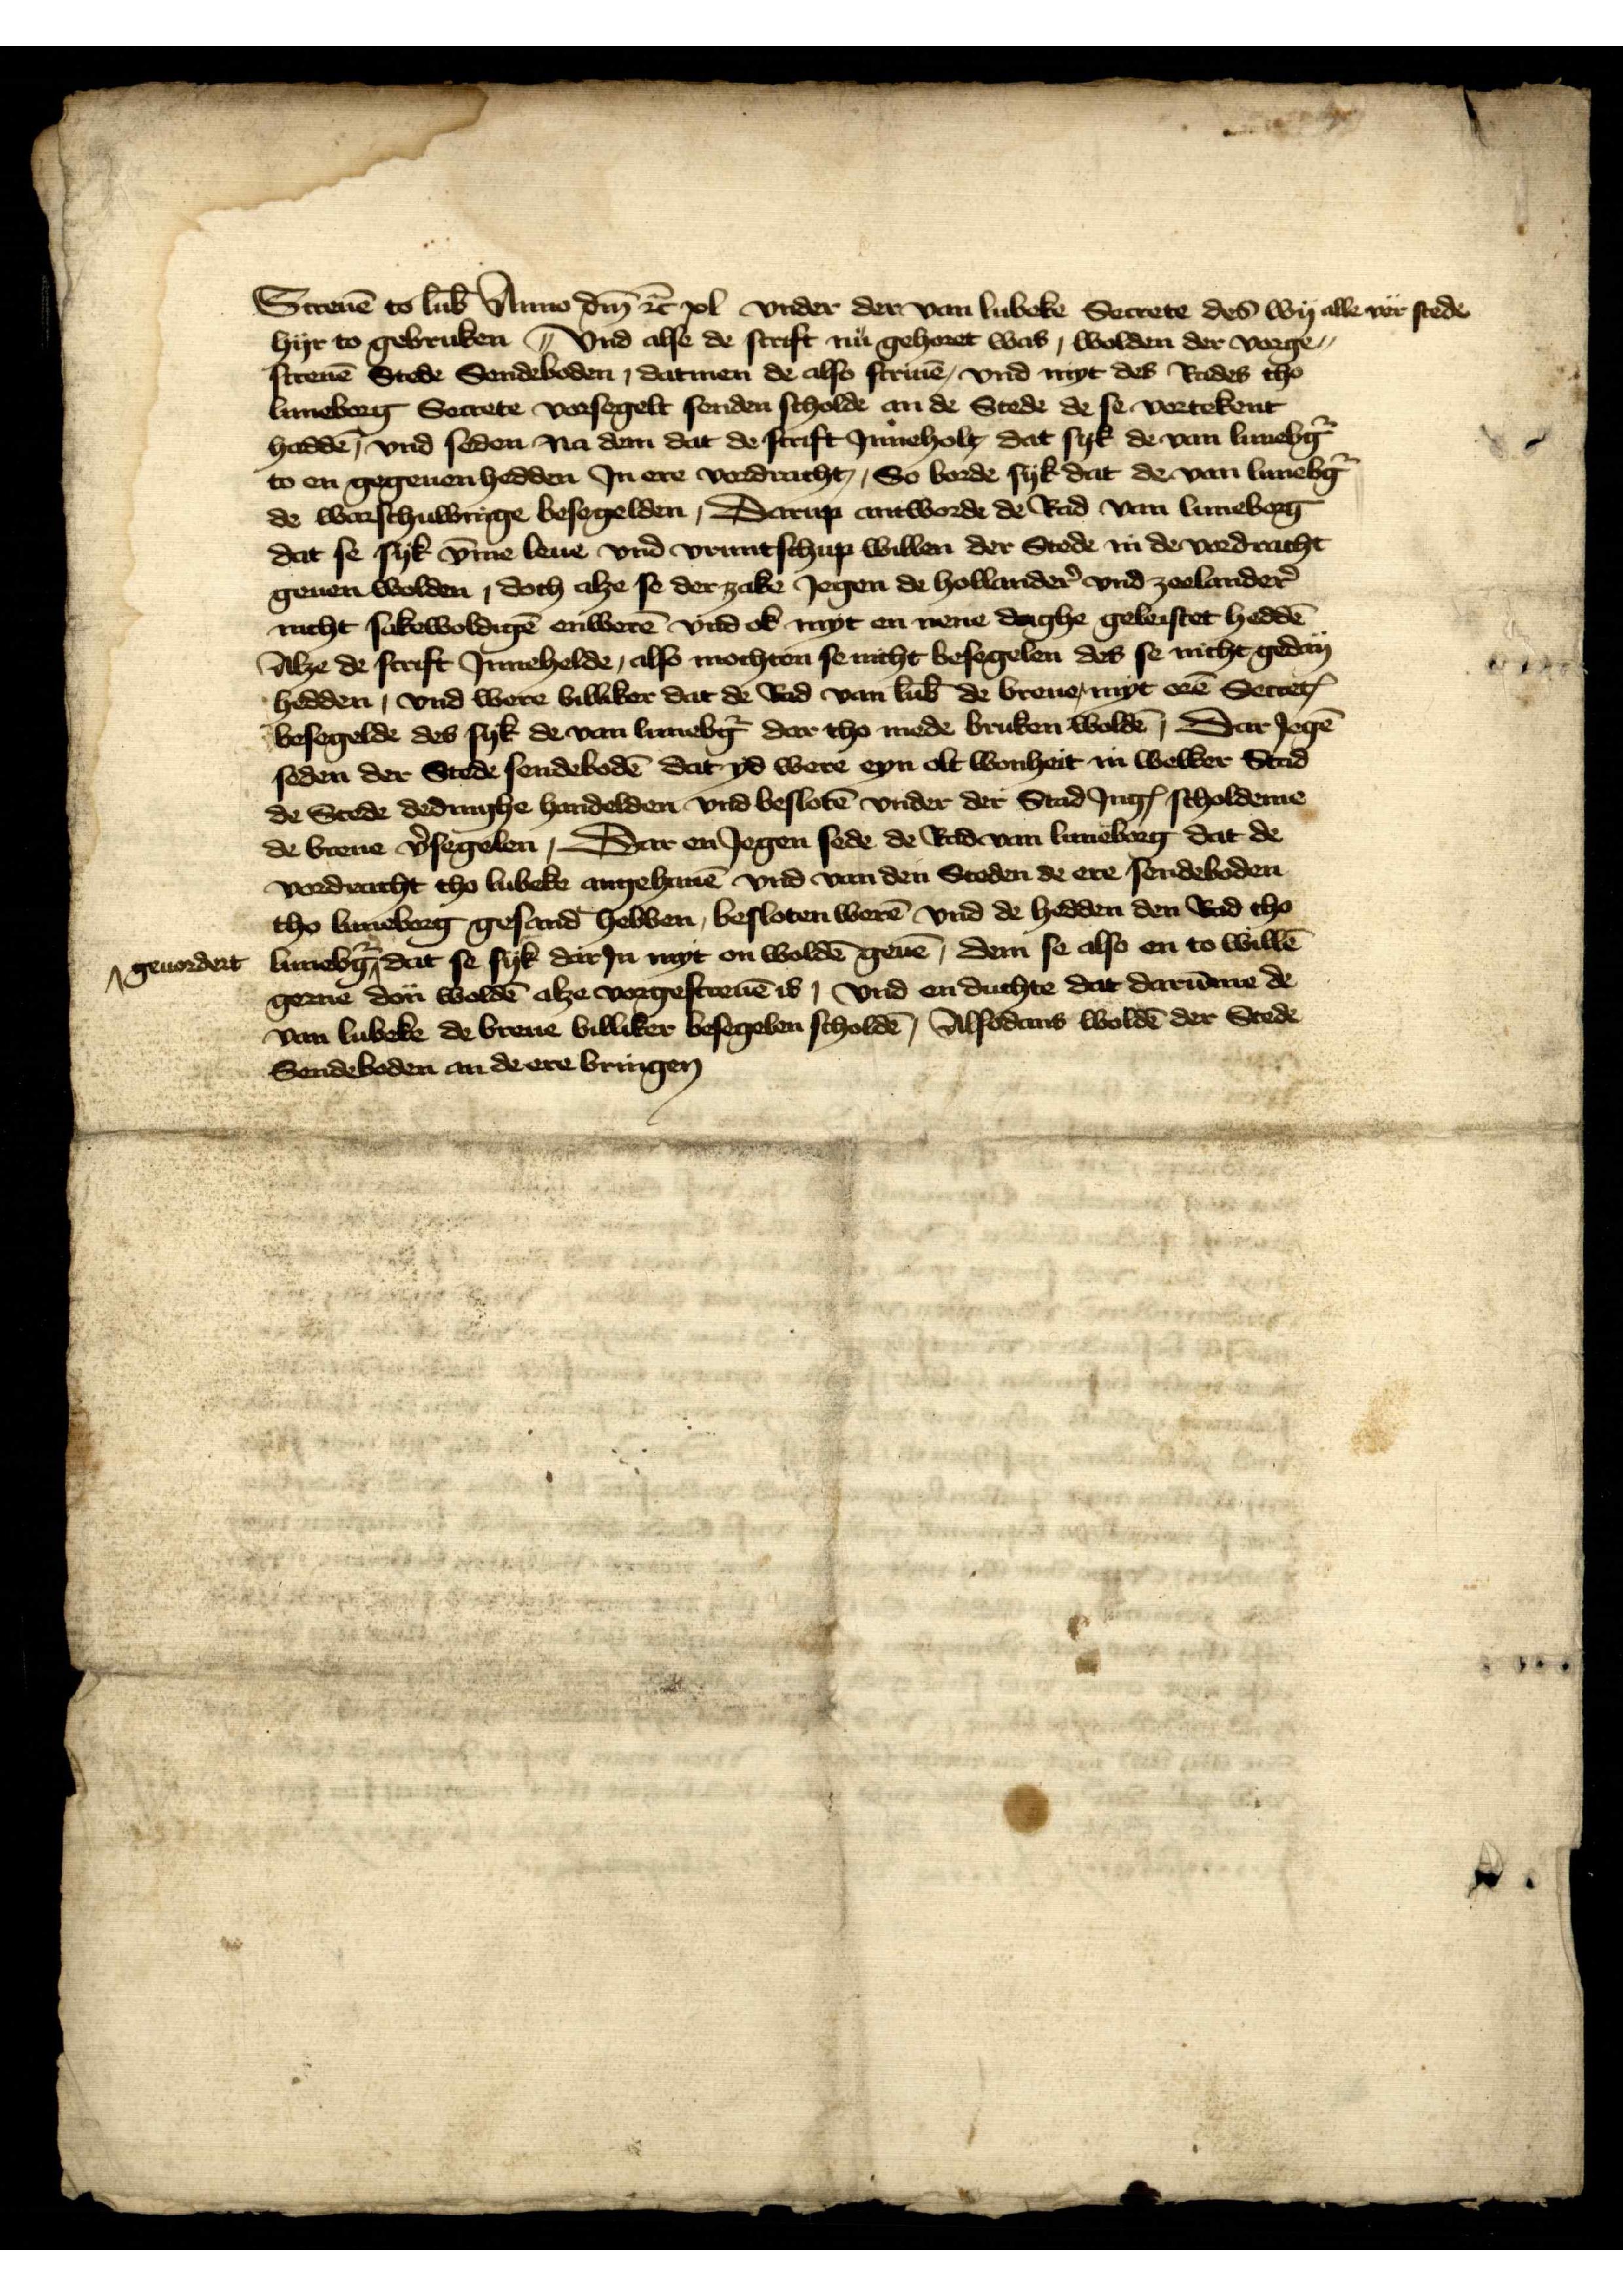
Screuē to lub̄ Anno dm̄ et̉ xl vnder der van Lubeke Secrete des wy alle vor stede
hyr to gebruken vnd alse de scrift nu gehoret was, wolden der vorge-
screuē Stede Sendeboden, datmen de also scriuē, vnd myt des Rades tho
Luneborg Secrete vorsegelt senden scholde an de Stede de se vortekent
haddē, vnd seden na dem dat de scrift Jnneholt, dat syk de van Lunebg̉
to en gegeuen hedden Jn ere vordracht, So borde syk dat de van Lunebg̉
de warschuwinge besegelden, Darup entworde de Rad van Luneborg
dat se syk v̄me leue vnd vruntschup willen der Stede in der vordracht
geuen wolden, doch alze se dor zake Jegen de Hollander̉ vnd Zeelander̉
nicht sekewoldigē enwerē vnd ok myt en nene daghe geleistet heddē
alze de scrift Jnnehelde, also mochten se nicht besegelen des se nicht gedan
hedden, vns were billiker dat de Rad van Lub̄ de breue myt erē ScretꝬ
besegelde des syk de van Lunebg̉ dar tho mede bruken woldē, Dar Jegē
seden der Stede sendebodē dat yd were eyn olt wonheit in welker Stad
do Stede dedringhe handelden vnd beslotē vnder der Stad Jngß scholdeme
de breue v̉segelen, Dar en Jegen sede de Rad van Luneborg dat de
vordracht tho Lubeke angehauē vnd van den Steden de ere sendeboden
tho Luneborg gesand hebben, besloten werē vnd de hedden den Rad tho
Luneb̉g 
geuordert
dat se syk dar Ja myt on woldē geuē, dem se also en to willē
gerne don woldē alze vorgescreuē is, vnd en durchte dat darūme de 
van Lubeke do breue billiket besegelen scholdē Alsodans woldē der Stede
Sendeboden an de ere bringen